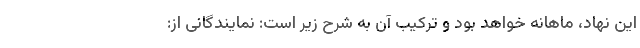
این نهاد، ماهانه خواهد بود و ترکیب آن به شرح زیر است: نمایندگانی از: